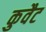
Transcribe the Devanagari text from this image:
कुवैट